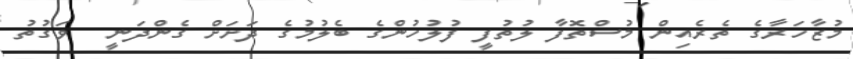
މުޒާހަރާގެ ތެރެއިން މުސްތޮފާ ލުތުފީ ފުލުހުންގެ ބެލުމުގެ ދަށަށް ގެންދަނީ  ވަގުތު